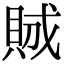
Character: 𧵪